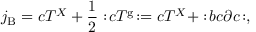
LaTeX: j _ { \mathrm { B } } = c T ^ { X } + \frac { 1 } { 2 } : \! c T ^ { \mathrm { g } } \! : = c T ^ { X } + : \! b c \partial c \! : ,